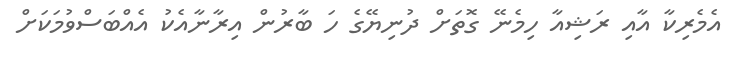
އެމެރިކާ އާއި ރަޝިއާ ހިމެނޭ ގޮތަށް ދުނިޔޭގެ ހަ ބާރުން އިރާނާއެކު އެއްބަސްވުމަކަށް